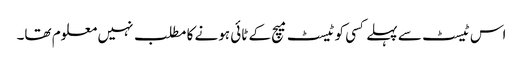
اس ٹیسٹ سے پہلے کسی کو ٹیسٹ میچ کے ٹائی ہونے کا مطلب نہیں معلوم تھا۔